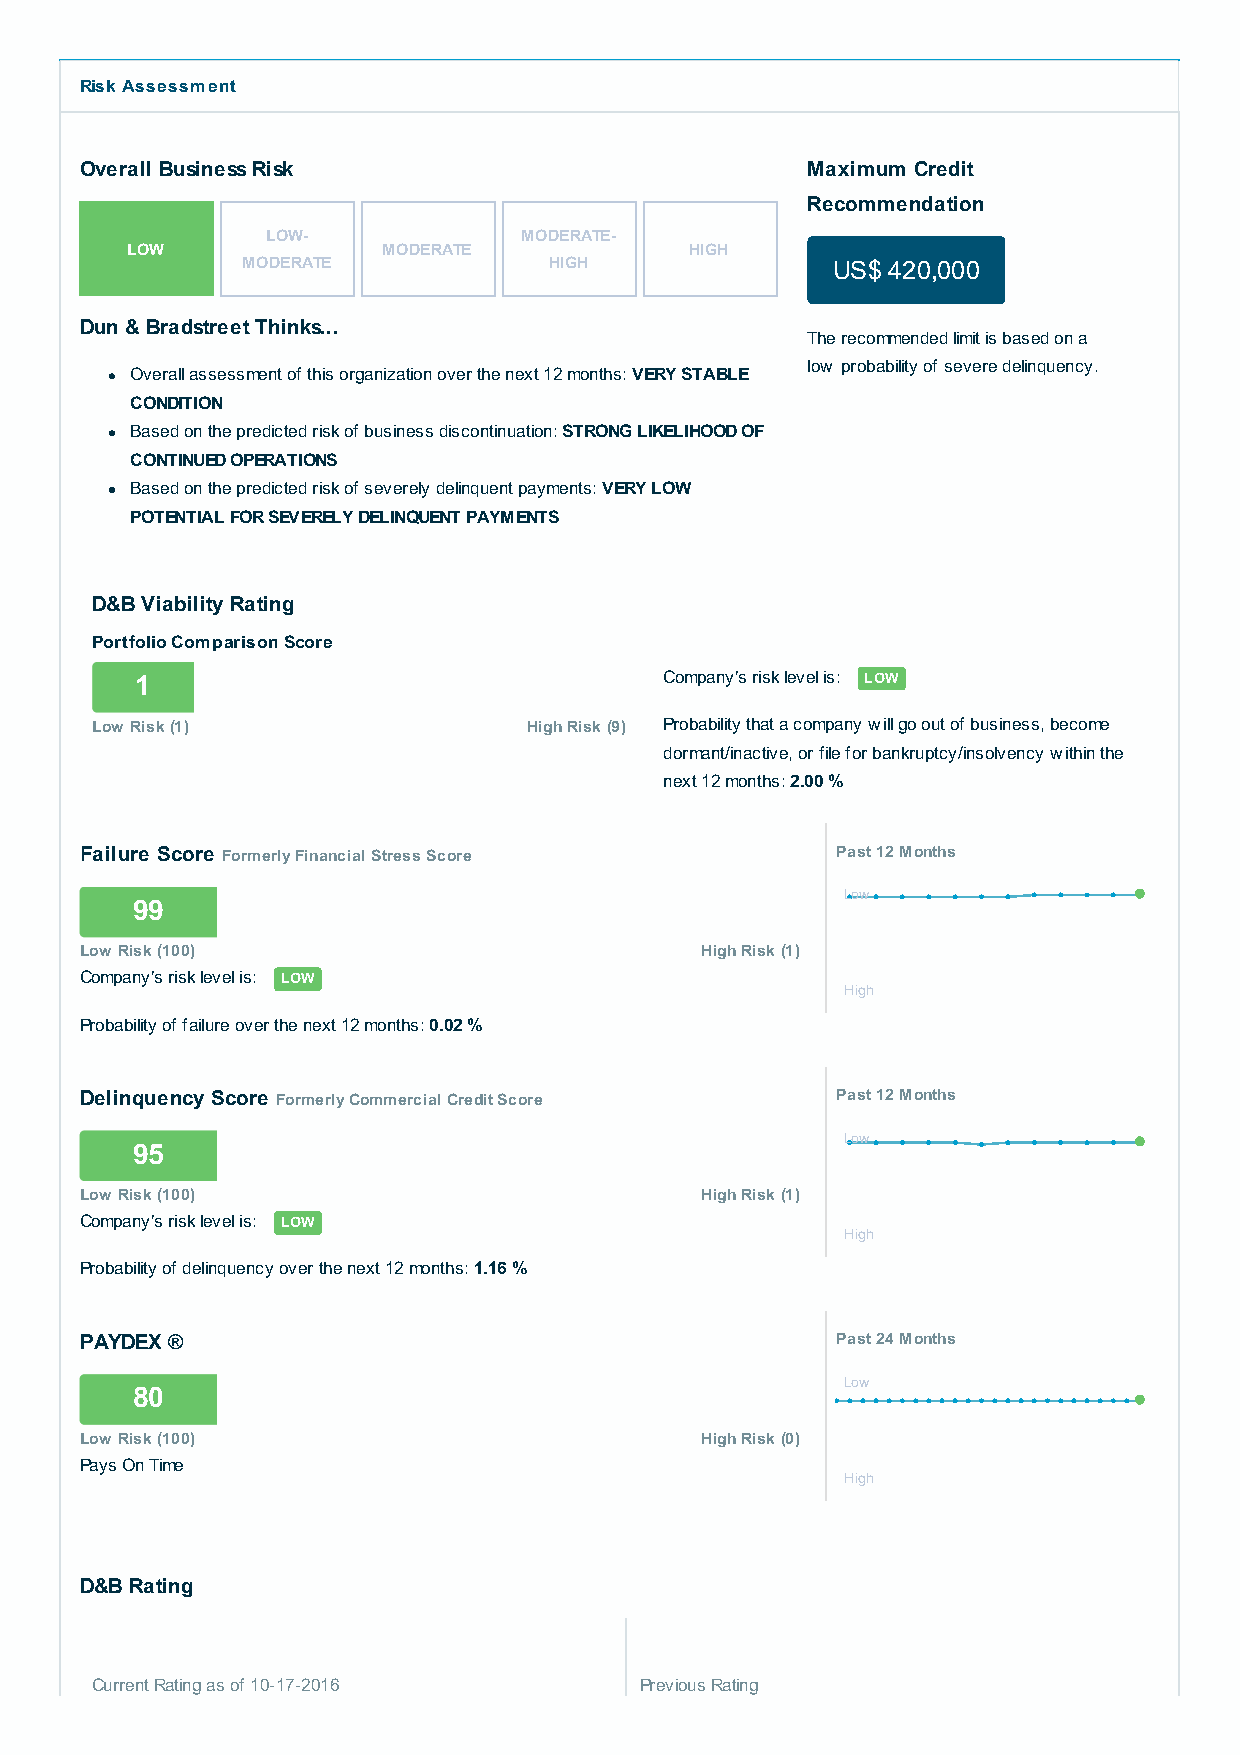
Risk Assessment
 Overall Business Risk                           Maximum Credit
 Recommendation
 LOW-            MODERATE-
 LOW              MODERATE             HIGH
 MODERATE            HIGH               US$ 420,000
 Dun & Bradstreet Thinks...
 The recommended limit is based on a
 low probability of severe delinquency.
 Overall assessment of this organization over the next 12 months: VERY STABLE
 CONDITION
 Based on the predicted risk of business discontinuation: STRONG LIKELIHOOD OF
 CONTINUED OPERATIONS
 Based on the predicted risk of severely delinquent payments: VERY LOW
 POTENTIAL FOR SEVERELY DELINQUENT PAYMENTS
 D&B Viability Rating
 Portfolio Comparison Score
 1                                  Company's risk level is: LOW
 Low Risk (1)                 High Risk (9) Probability that a company will go out of business, become
 dormant/inactive, or file for bankruptcy/insolvency within the
 next 12 months: 2.00 %
 Failure Score Formerly Financial Stress Score     Past 12 Months
 Low
 99
 Low Risk (100)                           High Risk (1)
 Company's risk level is: LOW
 High
 Probability of failure over the next 12 months: 0.02 %
 Delinquency Score Formerly Commercial Credit Score Past 12 Months
 Low
 95
 Low Risk (100)                           High Risk (1)
 Company's risk level is: LOW
 High
 Probability of delinquency over the next 12 months: 1.16 %
 PAYDEX ®                                          Past 24 Months
 Low
 80
 Low Risk (100)                           High Risk (0)
 Pays On Time
 High
 D&B Rating
 Current Rating as of 10-17-2016     Previous Rating